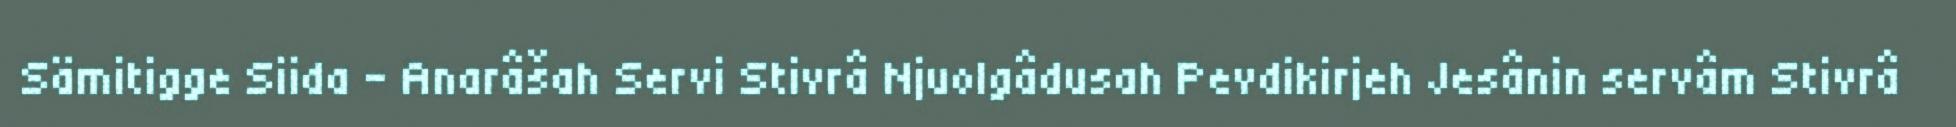
Sämitigge Siida – Anarâšah Servi Stivrâ Njuolgâdusah Pevdikirjeh Jesânin servâm Stivrâ